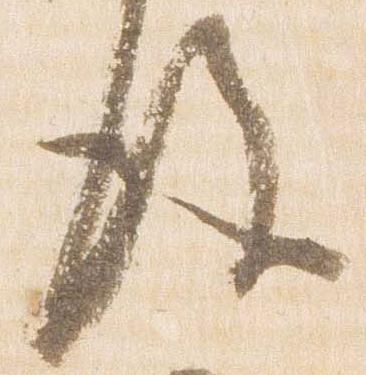
後